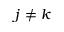
j \neq k